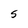
Character: 5